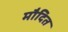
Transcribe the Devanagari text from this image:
मौदित